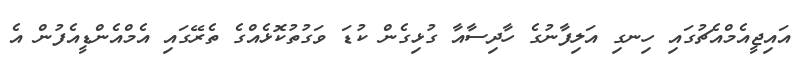
އައިޖީއެމްއެޗުގައި ހިނގި އަލިފާނުގެ ހާދިސާއާ ގުޅިގެން ކުޑަ ވަގުތުކޮޅެއްގެ ތެރޭގައި އެމްއެންޑީއެފުން އެ